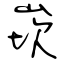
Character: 崁